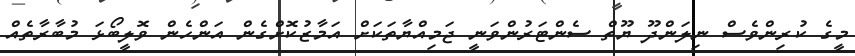
މީގެ ކުރިންވެސް ނިލަންދޫ ޔޫތް ސެންޓަރުންވަނީ ޖަމިއްޔާތަކަށް އަމާޒުކޮށްގެން އަންހެން ވޮލީބޯޅަ މުބާރާތެއް